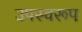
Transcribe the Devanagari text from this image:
उपस्वरूप